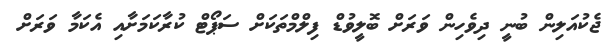
ޖެކުއަލިން ބުނީ ދިވެހިން ވަރަށް ބޮލީވުޑް ފިލްމްތަަކަށް ސަޕޯޓް ކުރާކަމަށާއި އެކަމާ ވަރަށް